Lunatic asylums in Bengal annual reports 1888-1898 - 1888-1898
Year: 1888
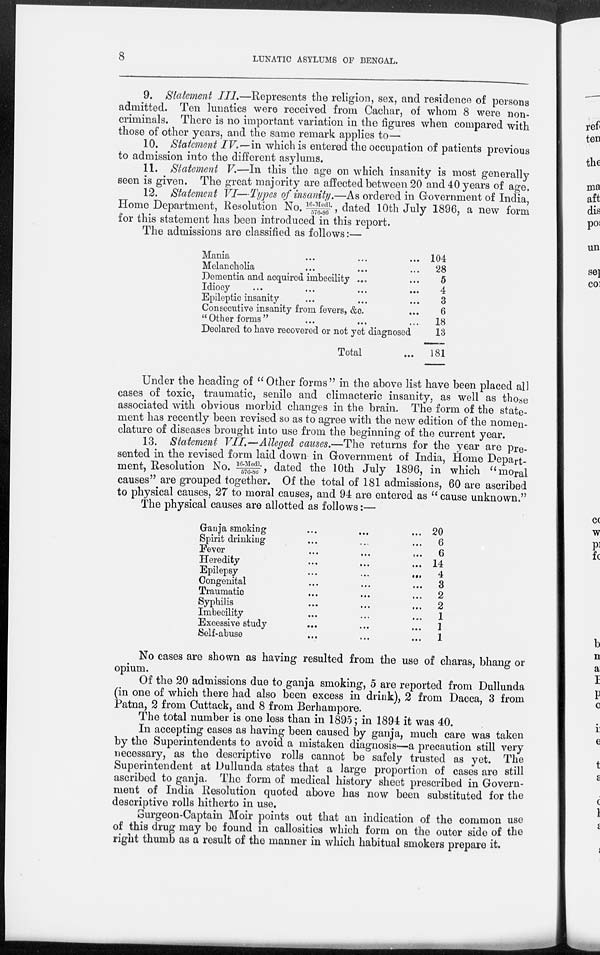
8
LUNATIC ASYLUMS OF BENGAL.
9. Statement III.—Represents the religion, sex, and residence of persons
admitted. Ten lunatics were received from Cachar, of whom 8 were non-
criminals. There is no important variation in the figures when compared with
those of other years, and the same remark applies to—
10. Statement IV.—-in which is entered the occupation of patients previous
to admission into the different asylums.
11. Statement V.—In this the age on which insanity is most generally
seen is given. The great majority are affected between 20 and 40 years of age.
12. Statement VI—Types of insanity.—As ordered in Government of India,
Home Department, Resolution No. 16-Medl./576-86, dated 10th July 1896, a new form
for this statement has been introduced in this report.
The admissions are classified as follows:—
Mania ... ... ...
Melancholia ... ... ...
Dementia and acquired imbecility ... ...
Idiocy ... ... ... ...
Epileptic insanity ... ... ...
Consecutive insanity from fevers, &c. ...
"Other forms" ... ... ...
Declared to have recovered or not yet diagnosed
Total ...
104
28
5
4
3
6
18
13
181
Under the heading of " Other forms" in the above list have been placed all
cases of toxic, traumatic, senile and climacteric insanity, as well as those
associated with obvious morbid changes in the brain. The form of the state-
ment has recently been revised so as to agree with the new edition of the nomen-
clature of diseases brought into use from the beginning of the current year.
13. Statement VII.—Alleged causes.—The returns for the year are pre-
sented in the revised form laid down in Government of India, Home Depart-
ment, Resolution No. 16-Medl./576-86, dated the 10th July 1896, in which "moral
causes " are grouped together. Of the total of 181 admissions, 60 are ascribed
to physical causes, 27 to moral causes, and 94 are entered as " cause unknown."
The physical causes are allotted as follows:—
Ganja smoking ... ... ...
Spirit drinking ... ... ...
Fever ... ... ...
Heredity ... ... ...
Epilepsy
...
...
...
Congenital ... ... ...
Traumatic ... ... ...
Syphilis
...
...
...
Imbecility ... ... ...
Excessive study ... ... ...
Self-abuse
...
...
...
20
6
6
14
4
3
2
2
1
1
1
No cases are shown as having resulted from the use of charas, bhang or
opium.
Of the 20 admissions due to ganja smoking, 5 are reported from Dullunda
(in one of which there had also been excess in drink) , 2 from Dacca, 3 from
Patna, 2 from Cuttack, and 8 from Berhampore.
The total number is one less than in 1895; in 1894 it was 40.
In accepting cases as having been caused by ganja, much care was taken
by the Superintendents to avoid a mistaken diagnosis—a precaution still very
necessary, as the descriptive rolls cannot be safely trusted as yet. The
Superintendent at Dullunda states that a large proportion of cases are still
ascribed to ganja. The form of medical history sheet prescribed in Govern-
ment of India Resolution quoted above has now been substituted for the
descriptive rolls hitherto in use.
Surgeon-Captain Moir points out that an indication of the common use
of this drug may be found in callosities which form on the outer side of the
right thumb as a result of the manner in which habitual smokers prepare it.